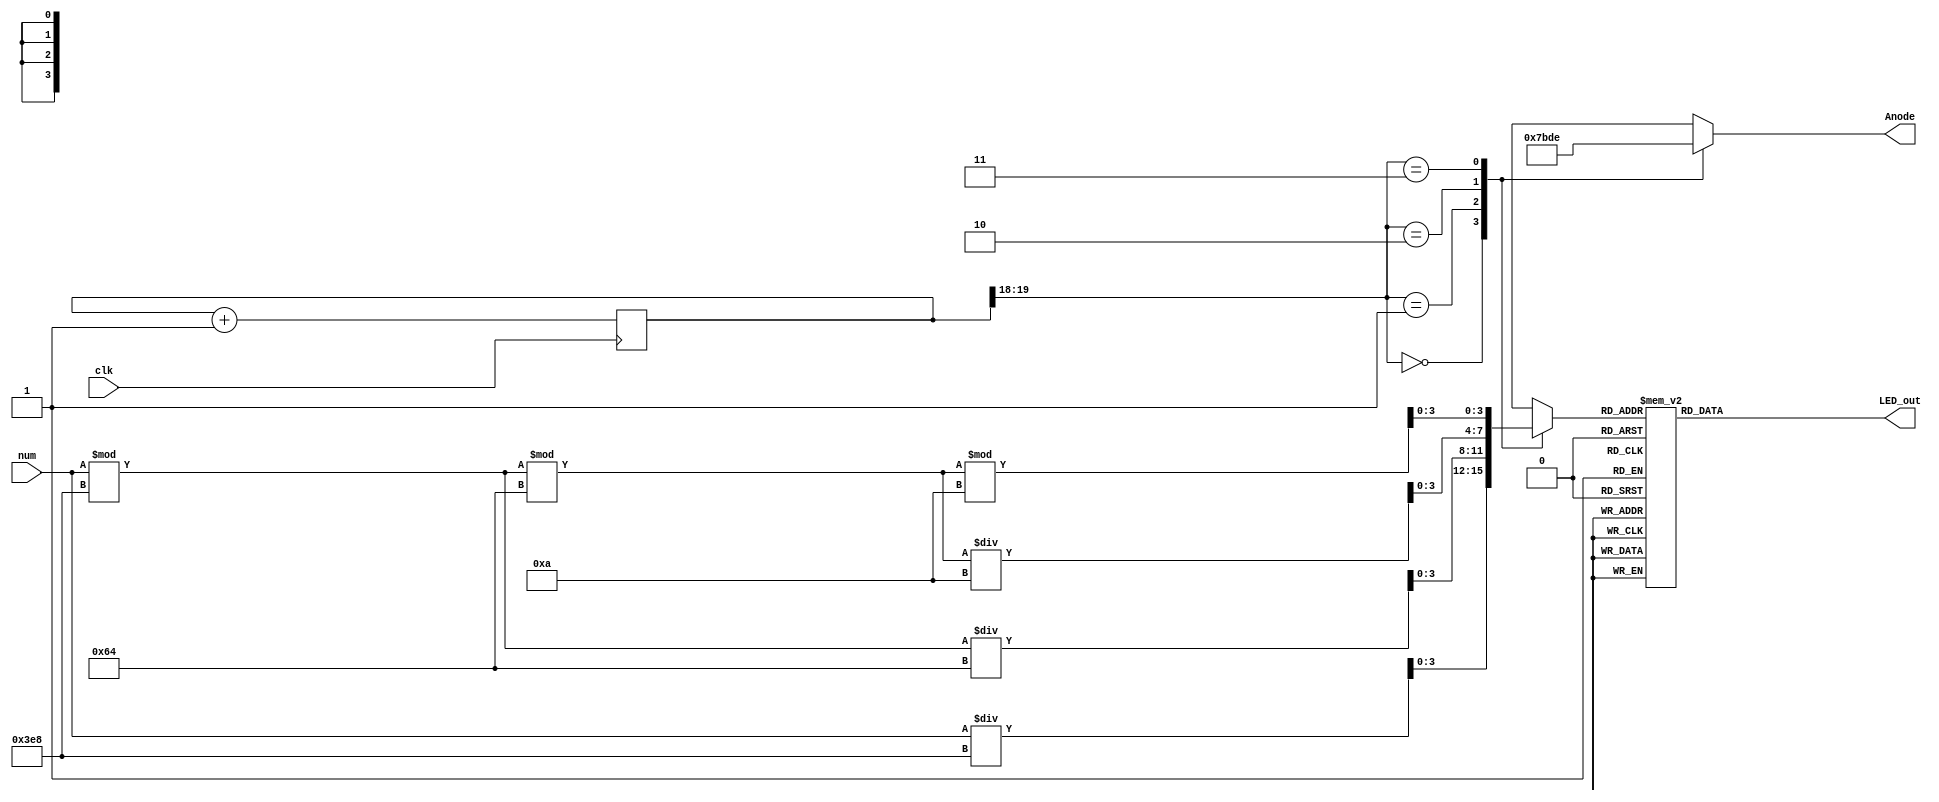
`timescale 1ns / 1ps
//////////////////////////////////////////////////////////////////////////////////
// Company: 
// Engineer: 
// 
// Design Name: 
// Module Name: Four_Digit_Seven_Segment_Driver
// Project Name: 
// Target Devices: 
// Tool Versions: 
// Description: 
// 
// Dependencies: 
// 
// Revision:
// Revision 0.01 - File Created
// Additional Comments:
// 
//////////////////////////////////////////////////////////////////////////////////


module Four_Digit_Seven_Segment_Driver (
 input clk,
 input [12:0] num,
 output reg [3:0] Anode,
 output reg [6:0] LED_out
 );

 reg [3:0] LED_BCD;
 reg [19:0] refresh_counter = 0; // 20-bit counter
 wire [1:0] LED_activating_counter;
 always @(posedge clk)
 begin
 refresh_counter <= refresh_counter + 1;
 end

 assign LED_activating_counter = refresh_counter[19:18];

 always @(*)
 begin
 case(LED_activating_counter)
 2'b00: begin
 Anode = 4'b0111;
 LED_BCD = num/1000;
 end
 2'b01: begin
 Anode = 4'b1011;
 LED_BCD = (num % 1000)/100;
 end
 2'b10: begin
 Anode = 4'b1101;
 LED_BCD = ((num % 1000)%100)/10;
 end
 2'b11: begin
 Anode = 4'b1110;
 LED_BCD = ((num % 1000)%100)%10;
 end
 endcase
 end
 always @(*)
 begin
 case(LED_BCD)
 4'b0000: LED_out = 7'b0000001; // "0"
 4'b0001: LED_out = 7'b1001111; // "1"
 4'b0010: LED_out = 7'b0010010; // "2"
 4'b0011: LED_out = 7'b0000110; // "3"
 4'b0100: LED_out = 7'b1001100; // "4"
 4'b0101: LED_out = 7'b0100100; // "5"
 4'b0110: LED_out = 7'b0100000; // "6"
 4'b0111: LED_out = 7'b0001111; // "7"
 4'b1000: LED_out = 7'b0000000; // "8"
 4'b1001: LED_out = 7'b0000100; // "9"
 default: LED_out = 7'b0000001; // "0"
 endcase
 end
endmodule